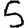
Digit: 5